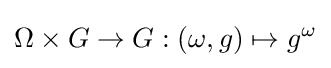
\Omega \times G\rightarrow G:(\omega ,g)\mapsto g^{\omega }